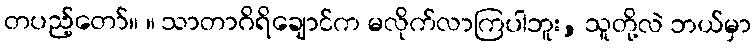
တပည့်တော်။ ။ သာတာဂိရိချောင်က မလိုက်လာကြပါဘူး, သူတို့လဲ ဘယ်မှာ